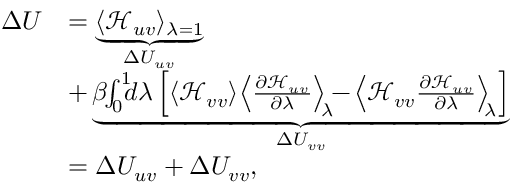
\begin{array} { r l } { \Delta U } & { = \underbrace { \langle \mathcal { H } _ { u v } \rangle _ { \lambda = 1 } } _ { \Delta U _ { u v } } } \\ & { + \underbrace { \beta \! \! \int _ { 0 } ^ { 1 } \! \! \! d \lambda \left[ \langle \mathcal { H } _ { v v } \rangle \! \left\langle \frac { \partial \mathcal { H } _ { u v } } { \partial \lambda } \right\rangle _ { \! \! \lambda } \! \! - \! \left\langle \mathcal { H } _ { v v } \frac { \partial \mathcal { H } _ { u v } } { \partial \lambda } \right\rangle _ { \! \! \lambda } \right] } _ { \Delta U _ { v v } } } \\ & { = \Delta U _ { u v } + \Delta U _ { v v } , } \end{array}